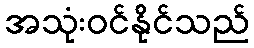
အသုံးဝင်နိုင်သည်